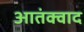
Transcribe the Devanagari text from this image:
आतंक्वाद